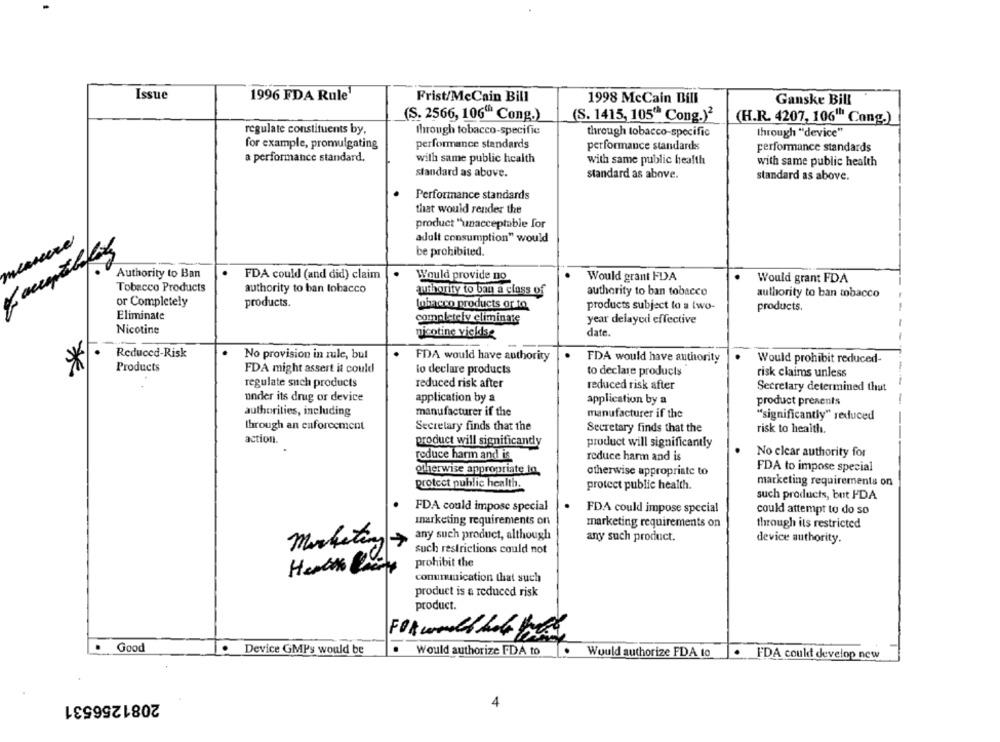
Issue
1996 FDA Rule
Frist/McCain Bill
1998 McCain Bill
Ganske Bill
(S. 2566, 106" Cong.)
(S. 1415, 105" Cong.)2
(H.R. 4207, 106"" Cong.)
regulate constituents by,
through tobacco-specific
through tobacco-specific
through "device"
for example, promulgating
performance standards
performance standards
performance standards
a performance standard.
with same public health
with same public health
with same public health
standard as above.
standard as above.
standard as above.
Performance standards
that would render the
product "unacceptable for
adult consumption" would
be prohibited.
Authority to Ban
FDA could (and did) claim
Would provide no
Would grant FDA
Would grant FDA
Tobacco Products
authority to ban tobacco
authority to ban a class of
authority to ban tobacco
authority to ban tobacco
or Completely
products.
tobacco products or to
products subject to a two-
products.
Eliminate
completely eliminate
year delayed effective
Nicotine
nicotine vieldse
date.
Reduced-Risk
No provision in rule, but
FDA would have authority
FDA would have authority
Would prohibit reduced-
*
Products
FDA might assert it could
lo declare products
to declare products
risk claims unless
regulate such products
reduced risk after
reduced risk after
Secretary determined that
under its drug or device
application by a
application by a
product presents
authorities, including
manufacturer if the
manufacturer if the
"significantly" reduced
through an enforcement
Secretary finds that the
Secretary finds that the
risk to health.
action.
product will significantly
product will significantly
No clear authority for
reduce harm and is
reduce harm and is
FDA to impose special
otherwise appropriate to.
otherwise appropriate to
protect public health.
marketing requirements on
protect public health.
such products, but FDA
FDA could impose special
FDA could impose special
could attempt to do so
marketing requirements on
marketing requirements on
through its restricted
Marketing
any such product, although
any such product.
device authority.
17
such restrictions could not
prohibit the
communication that such
product is a reduced risk
product.
Good
.
Device GMPs would be
Would authorize FDA to
Would authorize FDA 10
FDA coult develop new
2081256531
4